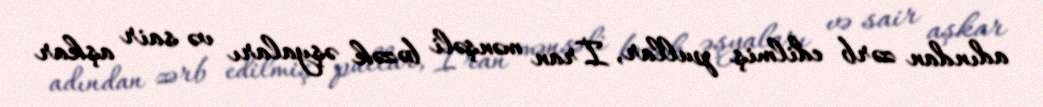
adından zərb edilmiş pullar, İran mənşəli bəzək əşyaları və sair aşkar